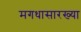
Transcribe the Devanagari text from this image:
मगधासारख्या